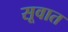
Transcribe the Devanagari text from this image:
सूवात